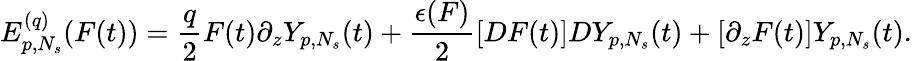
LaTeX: E_{p,N_{s}}^{(q)}(F(t))=\frac{q}{2}F(t)\partial_{z}Y_{p,N_{s}}(t)+\frac{\epsilon(F)}{2}[DF(t)]DY_{p,N_{s}}(t)+[\partial_{z}F(t)]Y_{p,N_{s}}(t).